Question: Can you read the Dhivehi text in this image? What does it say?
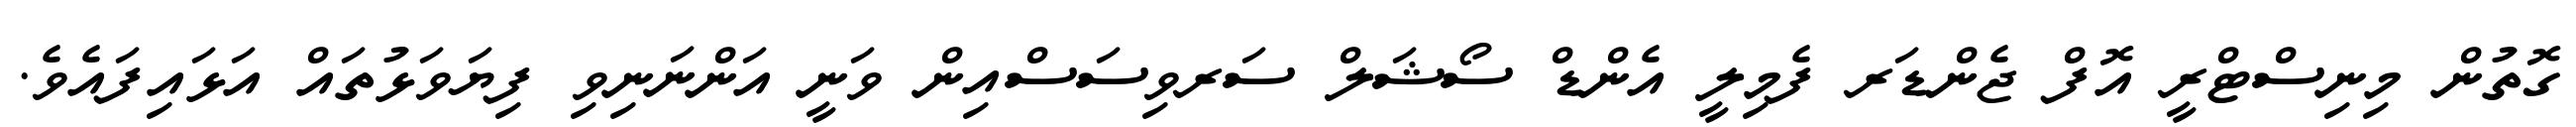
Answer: ގޮތުން މިނިސްޓްރީ އޮފް ޖެންޑަރ ފެމިލީ އެންޑް ސޯޝަލް ސަރވިސަސްއިން ވަނީ އަންނަނިވި ފިޔަވަޅުތައް އަޅައިފައެވެ.